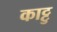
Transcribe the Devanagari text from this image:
काट्टु